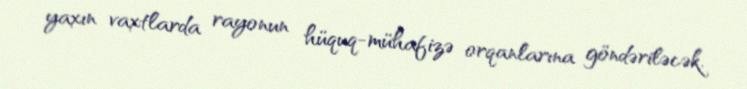
yaxın vaxtlarda rayonun hüquq-mühafizə orqanlarına göndəriləcək.